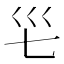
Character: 𭗺